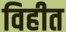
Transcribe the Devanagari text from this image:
विहीत